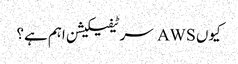
کیوں AWS سرٹیفیکیشن اہم ہے؟